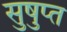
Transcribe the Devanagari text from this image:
सुषुप्‍त